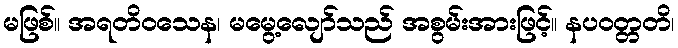
မဖြစ်။ အရတိဝသေန၊ မမွေ့လျော်သည် အစွမ်းအားဖြင့်။ နပဝတ္တတိ၊